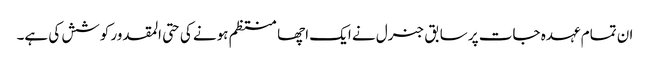
ان تمام عہدہ جات پر سابق جنرل نے ایک اچھا منتظم ہونے کی حتی المقدور کوشش کی ہے۔